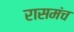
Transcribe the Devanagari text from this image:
रासमंच